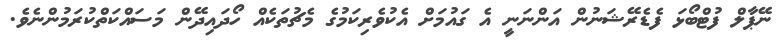
ނޭޕާލް ފުޓްބޯޅަ ފެޑެރޭޝަނުން އަންނަނީ އެ ގައުމަށް އެކުވެރިކަމުގެ މެޗުތަކެއް ހޯދައިދޭން މަސައްކަތްކުރަމުންނެވެ.